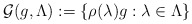
\begin{align*}\mathcal{G}(g,\Lambda) := \left \{ \rho(\lambda)g : \lambda \in \Lambda\right \} \end{align*}